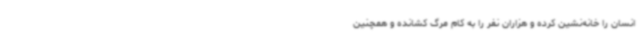
انسان را خانه‌نشین کرده و هزاران نفر را به کام مرگ کشانده و همچنین